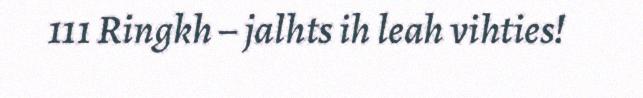
111 Ringkh – jalhts ih leah vihties!